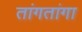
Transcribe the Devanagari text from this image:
तांगतांगा